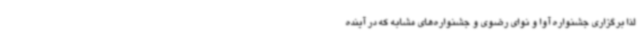
لذا برگزاری جشنواره آوا و نوای رضوی و جشنواره‌های مشابه که در آینده